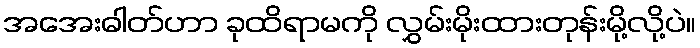
အအေးဓါတ်ဟာ ခုထိရာမကို လွှမ်းမိုးထားတုန်းမို့လို့ပဲ။